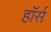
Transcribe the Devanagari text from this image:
हाॅर्स